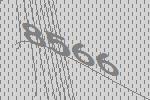
8566